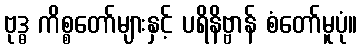
ဗုဒ္ဓ ကိစ္စတော်များနှင့် ပရိနိဗ္ဗာန် စံတော်မူပုံ။